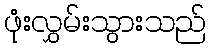
ဖုံးလွှမ်းသွားသည်